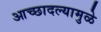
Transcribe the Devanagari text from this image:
आच्छादल्यामुळे